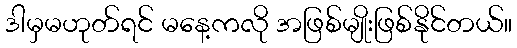
ဒါမှမဟုတ်ရင် မနေ့ကလို အဖြစ်မျိုးဖြစ်နိုင်တယ်။